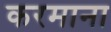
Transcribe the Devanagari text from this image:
करमाना